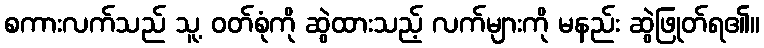
စကားလက်သည် သူ့ ဝတ်စုံကို ဆွဲထားသည့် လက်များကို မနည်း ဆွဲဖြုတ်ရ၏။